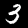
Digit: 3